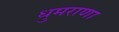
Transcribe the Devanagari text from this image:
धुमराणा